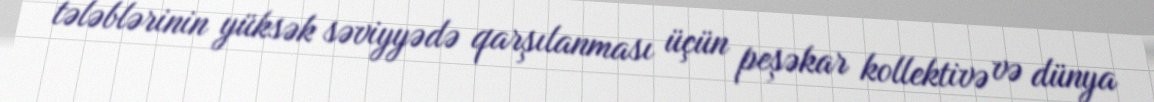
tələblərinin yüksək səviyyədə qarşılanması üçün peşəkar kollektivə və dünya